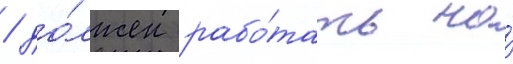
/ до́лжен рабо́тать на́